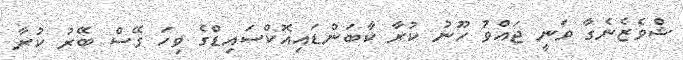
ޝްވެޒެނެގާ ވަނީ ޖައްވު ހޫނު ކުރާ ކާބަންޑައިއޮކްސައިޑްގެ ވިހަ ގޭސް ބޭރު ކުރާ